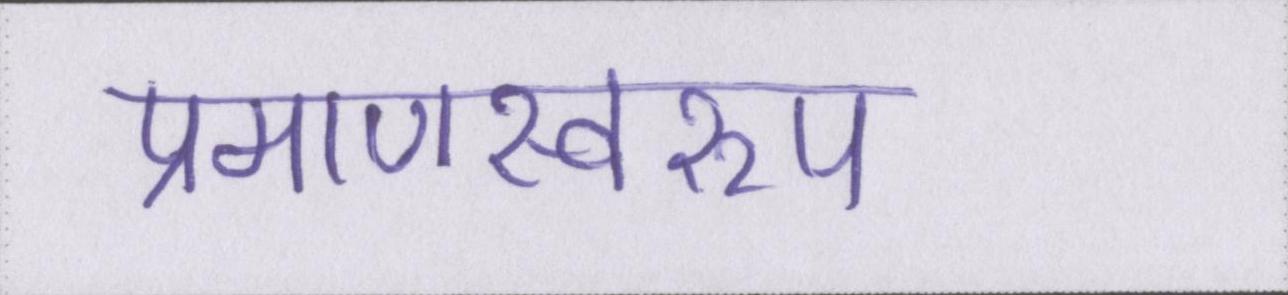
प्रमाणस्वरूप